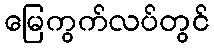
မြေကွက်လပ်တွင်